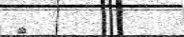
٧